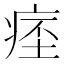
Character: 𤷁